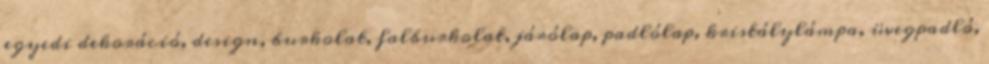
egyedi dekoráció, design, burkolat, falburkolat, járólap, padlólap, kristálylámpa, üvegpadló,